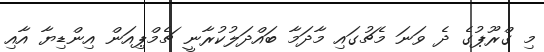
މި ގްރޫޕުގެ ދެ ވަނަ މެޗުގައި މާދަމާ ބައްދަލުކުރާނީ ޗެމްޕިއަން އިންޑިޔާ އާއި